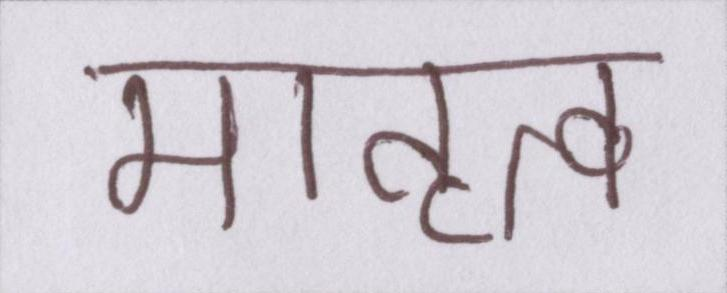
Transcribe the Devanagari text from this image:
मातृत्व